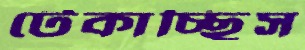
টেকাচ্ছিস